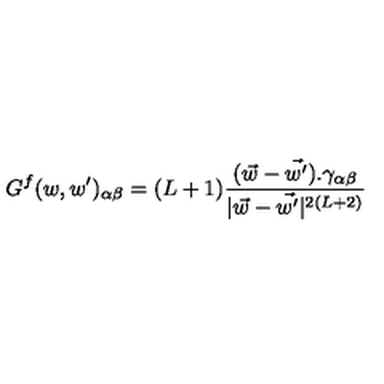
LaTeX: G ^ { f } ( w , w ^ { \prime } ) _ { \alpha \beta } = ( L + 1 ) \frac { { ( \vec { w } - \vec { w ^ { \prime } } ) } . \gamma _ { \alpha \beta } } { | \vec { w } - \vec { w ^ { \prime } } | ^ { 2 ( L + 2 ) } }